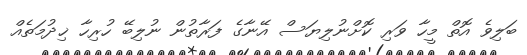
ބަލިވެ އޮތް މީހާ ވަރި ކޮށްނުލިޔަސް އޭނާގެ ފަރާތުން ނުލިބޭ ހުރިހާ ޚިދުމަތެއް